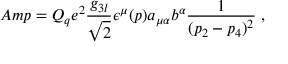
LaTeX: A m p = Q _ { q } e ^ { 2 } { \frac { g _ { 3 l } } { \sqrt 2 } } \epsilon ^ { \mu } ( p ) a _ { \mu \alpha } b ^ { \alpha } { \frac { 1 } { ( p _ { 2 } - p _ { 4 } ) ^ { 2 } } } \; ,